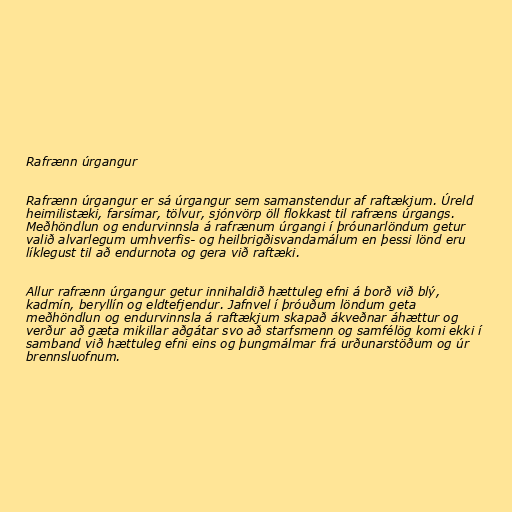
Rafrænn úrgangur

Rafrænn úrgangur er sá úrgangur sem samanstendur af raftækjum. Úreld
heimilistæki, farsímar, tölvur, sjónvörp öll flokkast til rafræns úrgangs.
Meðhöndlun og endurvinnsla á rafrænum úrgangi í þróunarlöndum getur
valið alvarlegum umhverfis- og heilbrigðisvandamálum en þessi lönd eru
líklegust til að endurnota og gera við raftæki.

Allur rafrænn úrgangur getur innihaldið hættuleg efni á borð við blý,
kadmín, beryllín og eldtefjendur. Jafnvel í þróuðum löndum geta
meðhöndlun og endurvinnsla á raftækjum skapað ákveðnar áhættur og
verður að gæta mikillar aðgátar svo að starfsmenn og samfélög komi ekki í
samband við hættuleg efni eins og þungmálmar frá urðunarstöðum og úr
brennsluofnum.